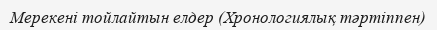
Мерекені тойлайтын елдер (Хронологиялық тәртіппен)